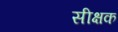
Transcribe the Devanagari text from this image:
सीक्षक